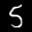
Label: 5